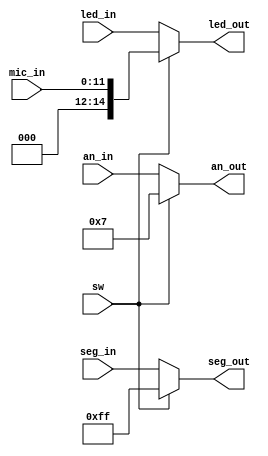
`timescale 1ns / 1ps

module MUX(
    input sw,
    input [11:0] mic_in,
    input [3:0] an_in,
    input [7:0] seg_in,
    input [14:0] led_in,
    output [3:0] an_out,
    output [7:0] seg_out,
    output [14:0] led_out
    );
    assign an_out = (sw == 0) ? an_in : 3'b111;
    assign seg_out = (sw == 0) ? seg_in : 8'b11111111;
    assign led_out = (sw == 0) ? led_in : mic_in;
endmodule